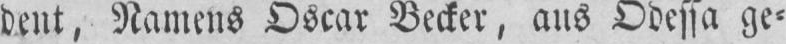
dcut, Namcns Oscar Becker, ans Odessa ge»